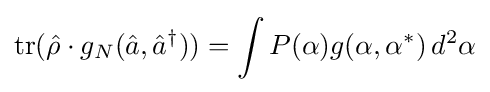
\operatorname {tr} ({\hat {\rho }}\cdot g_{N}({\hat {a}},{\hat {a}}^{\dagger }))=\int P(\alpha )g(\alpha ,\alpha ^{*})\,d^{2}\alpha